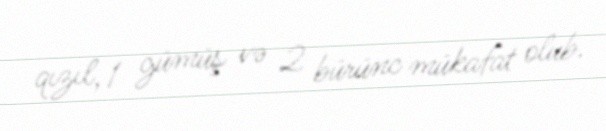
qızıl, 1 gümüş və 2 bürünc mükafat olub.